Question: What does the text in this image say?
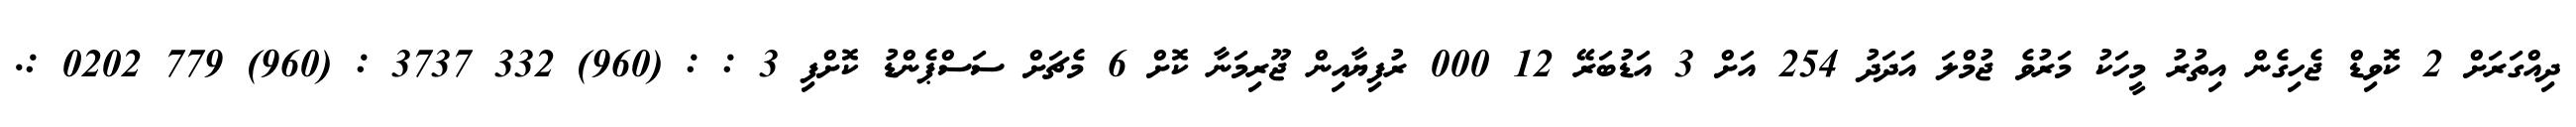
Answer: ދިއްގަރަށް 2 ކޮވިޑް ޖެހިގެން އިތުރު މީހަކު މަރުވެ ޖުމްލަ އަދަދު 254 އަށް 3 އަޑުބަރޭ 12 000 ރުފިޔާއިން ޖޫރިމަނާ ކޮށް 6 މެޗަށް ސަސްޕެންޑު ކޮށްފި 3 : : (960) 332 3737 : (960) 779 0202 :.